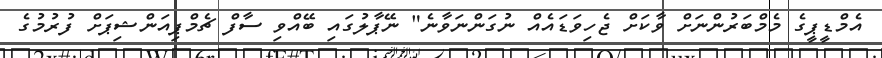
އެމްޑީޕީގެ މެމްބަރުންނަށް ވާކަށް ޖެހިވަޑައެއް ނުގަންނަވާނެ" ނޭޕާލުގައި ބޭއްވި ސާފް ޗެމްޕިއަންޝިޕަށް ފުރުމުގެ